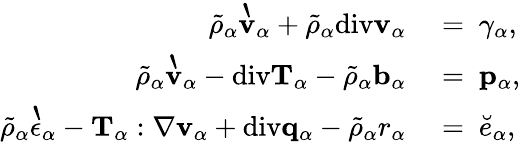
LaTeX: \begin{array}{rl}{\tilde{\rho}_{\alpha}\grave{\mathbf{v}}_{\alpha}+\tilde{\rho}_{\alpha}\mathrm{div}\mathbf{v}_{\alpha}}&{{}=~\gamma_{\alpha},}\\ {\tilde{\rho}_{\alpha}\grave{\mathbf{v}}_{\alpha}-\mathrm{div}\mathbf{T}_{\alpha}-\tilde{\rho}_{\alpha}\mathbf{b}_{\alpha}}&{{}=~\mathbf{p}_{\alpha},}\\ {\tilde{\rho}_{\alpha}\grave{\epsilon}_{\alpha}-\mathbf{T}_{\alpha}:\nabla\mathbf{v}_{\alpha}+\mathrm{div}\mathbf{q}_{\alpha}-\tilde{\rho}_{\alpha}r_{\alpha}}&{{}=~\breve{e}_{\alpha},}\end{array}